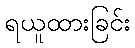
ရယူထားခြင်း